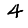
Digit: 4